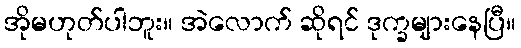
အိုမဟုတ်ပါဘူး။ အဲလောက် ဆိုရင် ဒုက္ခများနေပြီ။